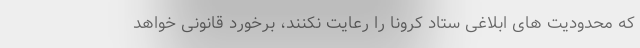
که محدودیت های ابلاغی ستاد کرونا را رعایت نکنند، برخورد قانونی خواهد